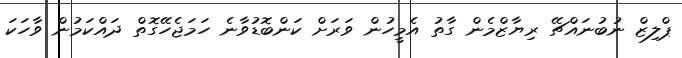
ޕްލިޒް ނުބުނައްޗޭ ރިޔާޒްމެން ގާތު އެމީހުން ވަރަށް ކަންބޮޑުވާނެ ހަމަޖެހޭގޮތް ދައްކަމުން ވާހަކަ